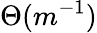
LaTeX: \Theta(m^{-1})